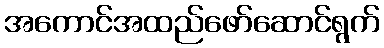
အကောင်အထည်ဖော်ဆောင်ရွက်